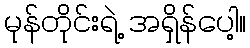
မုန်တိုင်းရဲ့ အရှိန်ပေါ့။